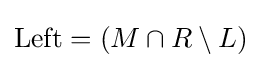
{\text{Left}}=(M\cap R\setminus L)